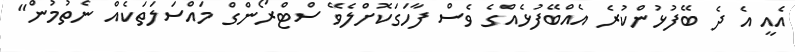
އެއީ އެ ދެ ބޭފުޅުންކުރެ އެއްބޭފުޅެއްގެ ވެސް ފާހަގަކޮށްލެވޭ ސްޓްރޯންގް މައްސަލަތަކެއް ނެތުމުން"